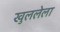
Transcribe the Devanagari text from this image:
खुललेला